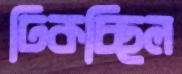
ঢিকচ্ছিল